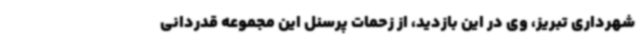
شهرداری تبریز، وی در این بازدید، از زحمات پرسنل این مجموعه قدردانی